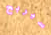
سيربح